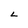
Character: L